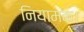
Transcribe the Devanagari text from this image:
नियामक।